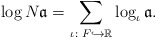
\begin{align*} \log N\mathfrak a =\sum_{\iota \colon F \hookrightarrow \mathbb R} \log_\iota \mathfrak a.\end{align*}